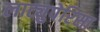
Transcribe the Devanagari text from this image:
लाट्युपेरिसा